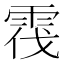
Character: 𲉷